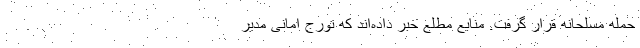
حمله مسلحانه قرار گرفت. منابع مطلع خبر داده‌اند که تورج امانی مدیر